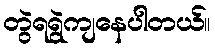
တွဲရရွဲကျနေပါတယ်။